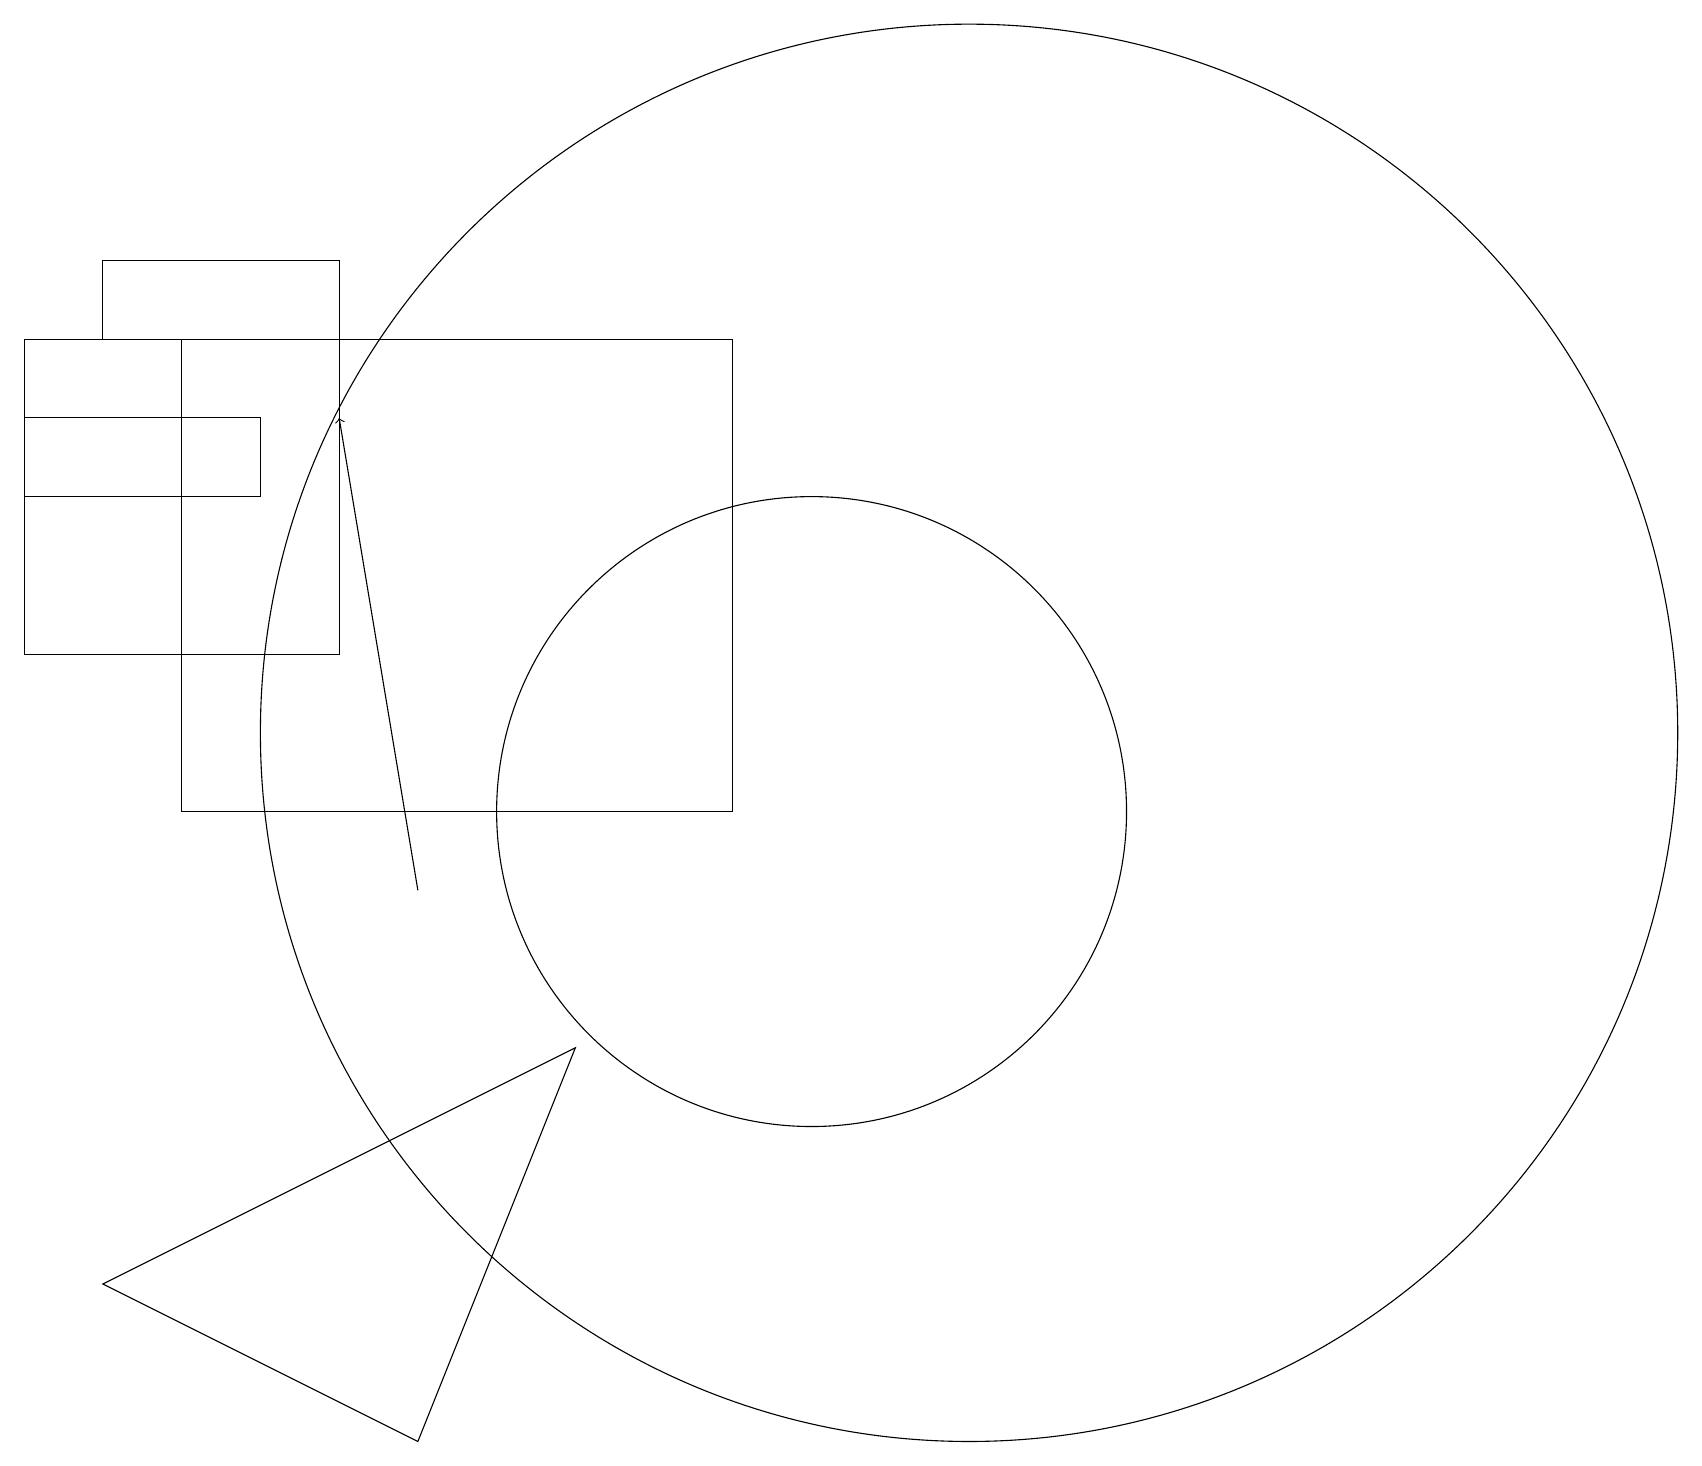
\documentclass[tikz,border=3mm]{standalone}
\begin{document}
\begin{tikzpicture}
\draw (12,12) circle (9);
\draw (3,15) rectangle (0,16);
\draw[->] (5,10) -- (4,16);
\draw (10,11) circle (4);
\draw (1,5) -- (7,8) -- (5,3) -- cycle;
\draw (1,18) rectangle (4,17);
\draw (4,17) rectangle (0,13);
\draw (2,11) rectangle (9,17);
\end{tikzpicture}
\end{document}